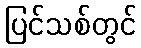
ပြင်သစ်တွင်